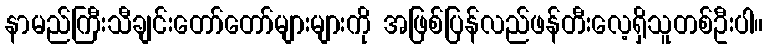
နာမည်ကြီးသီချင်းတော်တော်များများကို အဖြစ်ပြန်လည်ဖန်တီးလေ့ရှိသူတစ်ဦးပါ။